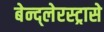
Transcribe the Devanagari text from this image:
बेन्द्लेरस्ट्रासे